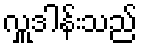
လှူဒါန်းသည်